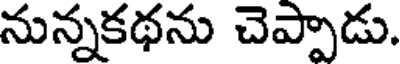
నున్నకథను చెప్పాడు.